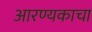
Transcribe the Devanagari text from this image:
आरण्यकाचा